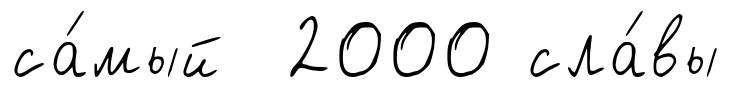
са́мый 2000 сла́вы